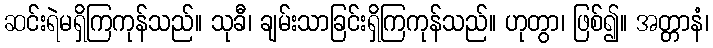
ဆင်းရဲမရှိကြကုန်သည်။ သုခီ၊ ချမ်းသာခြင်းရှိကြကုန်သည်။ ဟုတွာ၊ ဖြစ်၍။ အတ္တာနံ၊